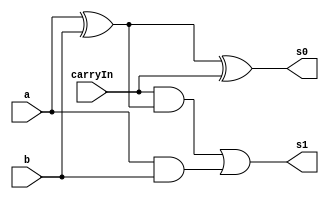
// ------------------------- 
// Exemplo0021 - FULL ADDER 
// Nome: Pedro Henrique Vilar Locatelli 
// ------------------------- 
// ------------------------- 
// full adder 
// ------------------------- 
module fullAdder (output s0,
output s1, 
input a, 
input b, 
input carryIn); 

wire p1,p2,p3;

and and1 (p1, a, b);
xor xor1 (p2, a, b);
and and2 (p3, carryIn, p2);
xor xor2 (s0, p2, carryIn);
or or1 (s1, p3, p1); 
 
endmodule // fullAdder 
module fullAdderSys (output [4:0] s, 
input [3:0] a, 
input [3:0] b, 
input carryIn);

wire s0v1,s0v2,s0v3,s1v1,s1v2,s1v3;

fullAdder ad1 (s[0], s1v1, a[0], b[0], carryIn);
fullAdder ad2 (s[1], s1v2, a[1], b[1], s1v1);
fullAdder ad3 (s[2], s1v3, a[2], b[3], s1v2);
fullAdder ad4 (s[3], s[4], a[3], b[3], s1v3);


endmodule
module test_fullAdder; 
// ------------------------- definir dados 
reg [3:0] x; 
reg [3:0] y; 
reg c; 
wire [4:0] s; 
fullAdderSys s1 (s, x, y, c);
// ------------------------- parte principal 
initial begin 
$display("Exemplo0021 - Pedro Henrique Vilar Locatelli - 427453"); 
$display("Test ALU's full adder"); 
x = 3'b110; y = 3'b111; c = 1'b0;
#1 $display("%3b + %3b = %4b", x, y, s);  
end 
endmodule // test_fullAdder